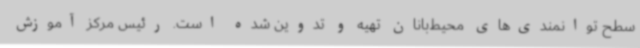
سطح توانمندی‌های محیط‌بانان تهیه و تدوین شده است. رئیس مرکز آموزش